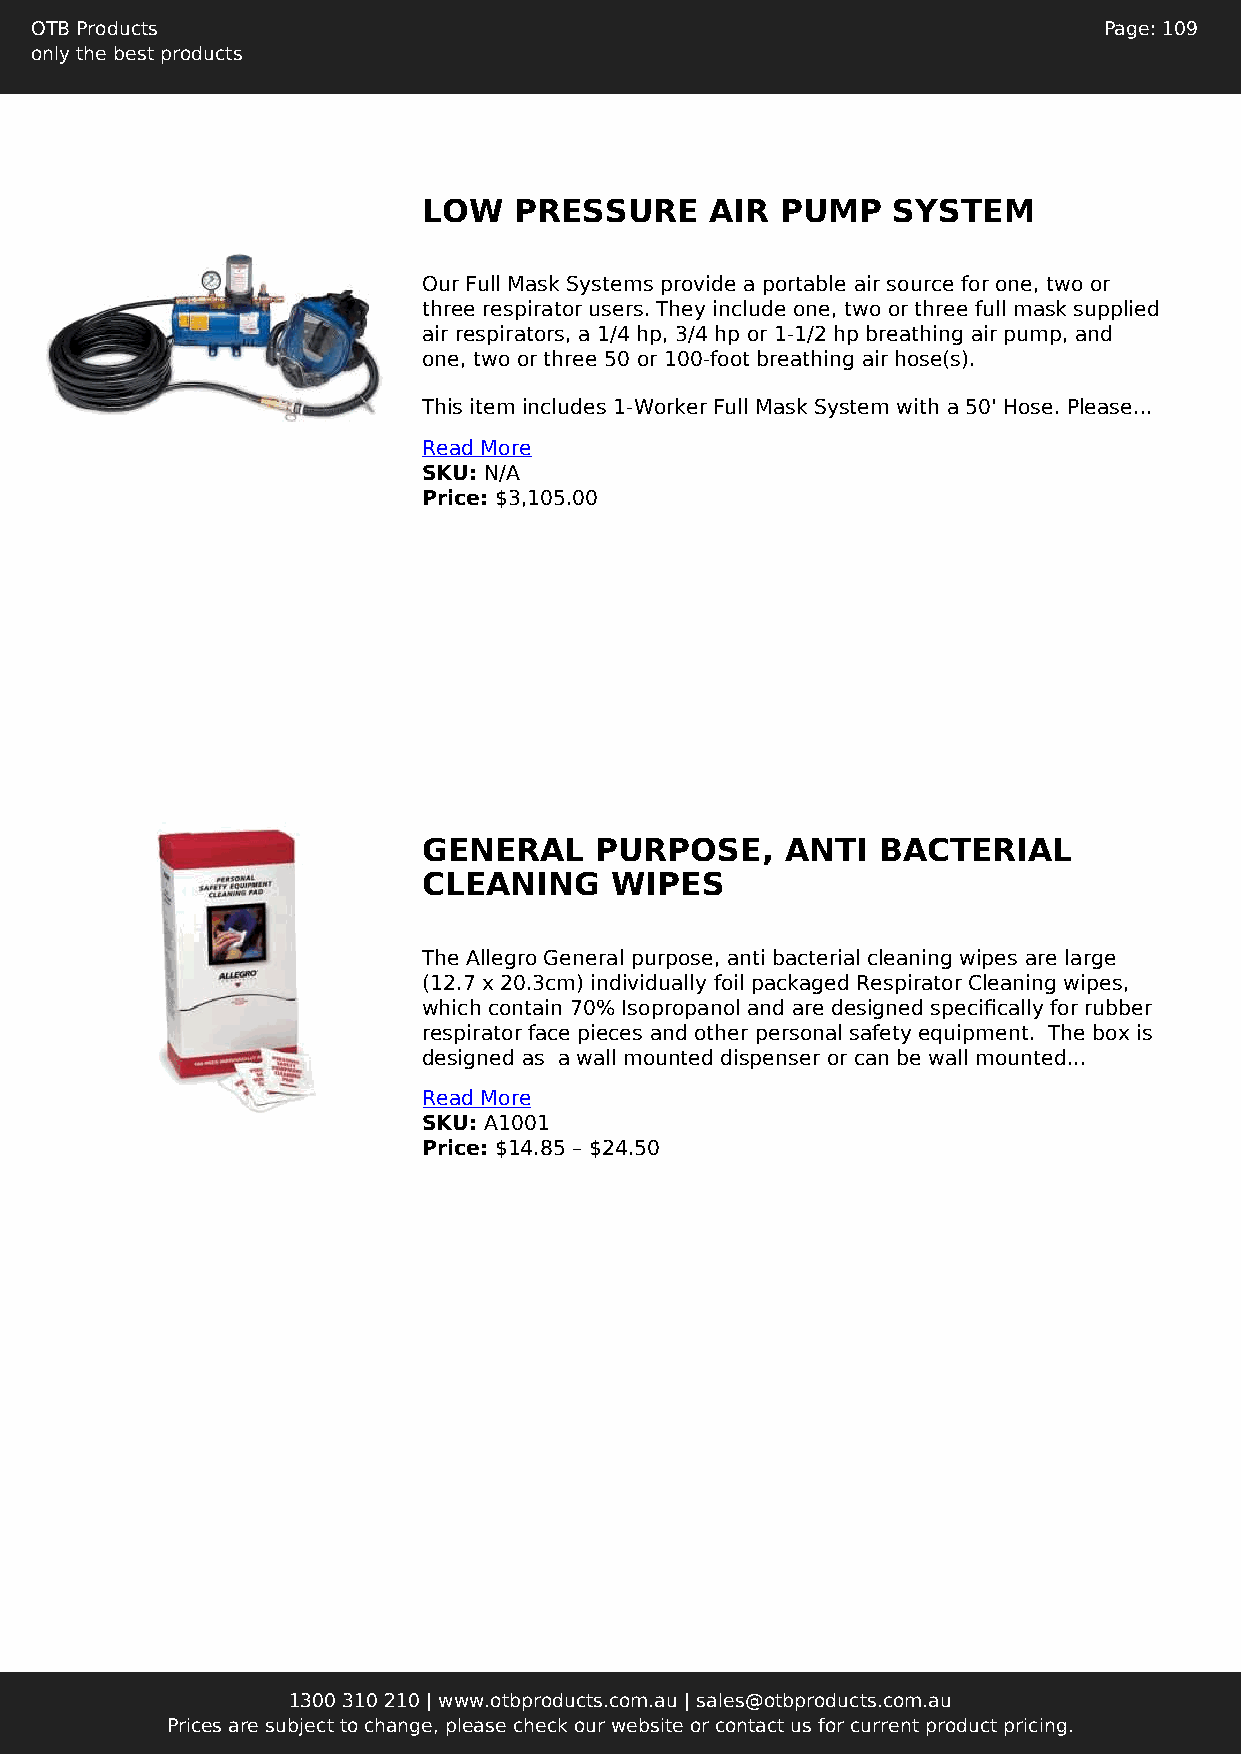
OTB Products                                                           Page: 109
 only the best products
 LOW   PRESSURE     AIR  PUMP   SYSTEM
 Our Full Mask Systems provide a portable air source for one, two or
 three respirator users. They include one, two or three full mask supplied
 air respirators, a 1/4 hp, 3/4 hp or 1-1/2 hp breathing air pump, and
 one, two or three 50 or 100-foot breathing air hose(s).
 This item includes 1-Worker Full Mask System with a 50' Hose. Please...
 Read More
 SKU: N/A
 Price: $3,105.00
 GENERAL    PURPOSE,     ANTI  BACTERIAL
 CLEANING    WIPES
 The Allegro General purpose, anti bacterial cleaning wipes are large
 (12.7 x 20.3cm) individually foil packaged Respirator Cleaning wipes,
 which contain 70% Isopropanol and are designed specifically for rubber
 respirator face pieces and other personal safety equipment. The box is
 designed as a wall mounted dispenser or can be wall mounted...
 Read More
 SKU: A1001
 Price: $14.85 – $24.50
 1300 310 210 | www.otbproducts.com.au | sales@otbproducts.com.au
 Prices are subject to change, please check our website or contact us for current product pricing.